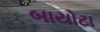
બાયોટા